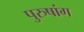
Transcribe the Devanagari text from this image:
पुरुषांग